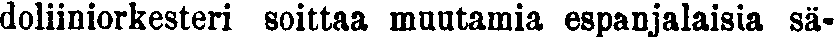
doliiniorkesteri soittaa muutamia espanjalaisia sä-